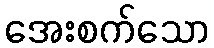
အေးစက်သော